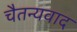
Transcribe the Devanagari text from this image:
चैतन्यवाद